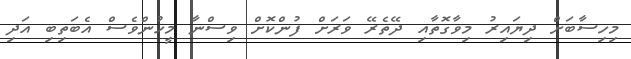
މިހިސާބަށް ދިޔައިރު މިވާގޮތާއި ދޭތެރޭ ވަރަށް ފުންކޮށް ވިސްނާ މީހުންވެސް އެބަތިބި އަދި